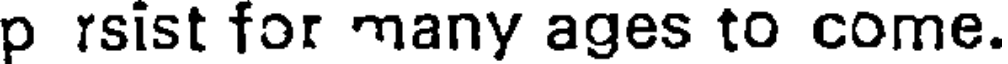
p rsist for many ages to come.